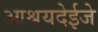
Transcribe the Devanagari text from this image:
आश्रयदेईजे